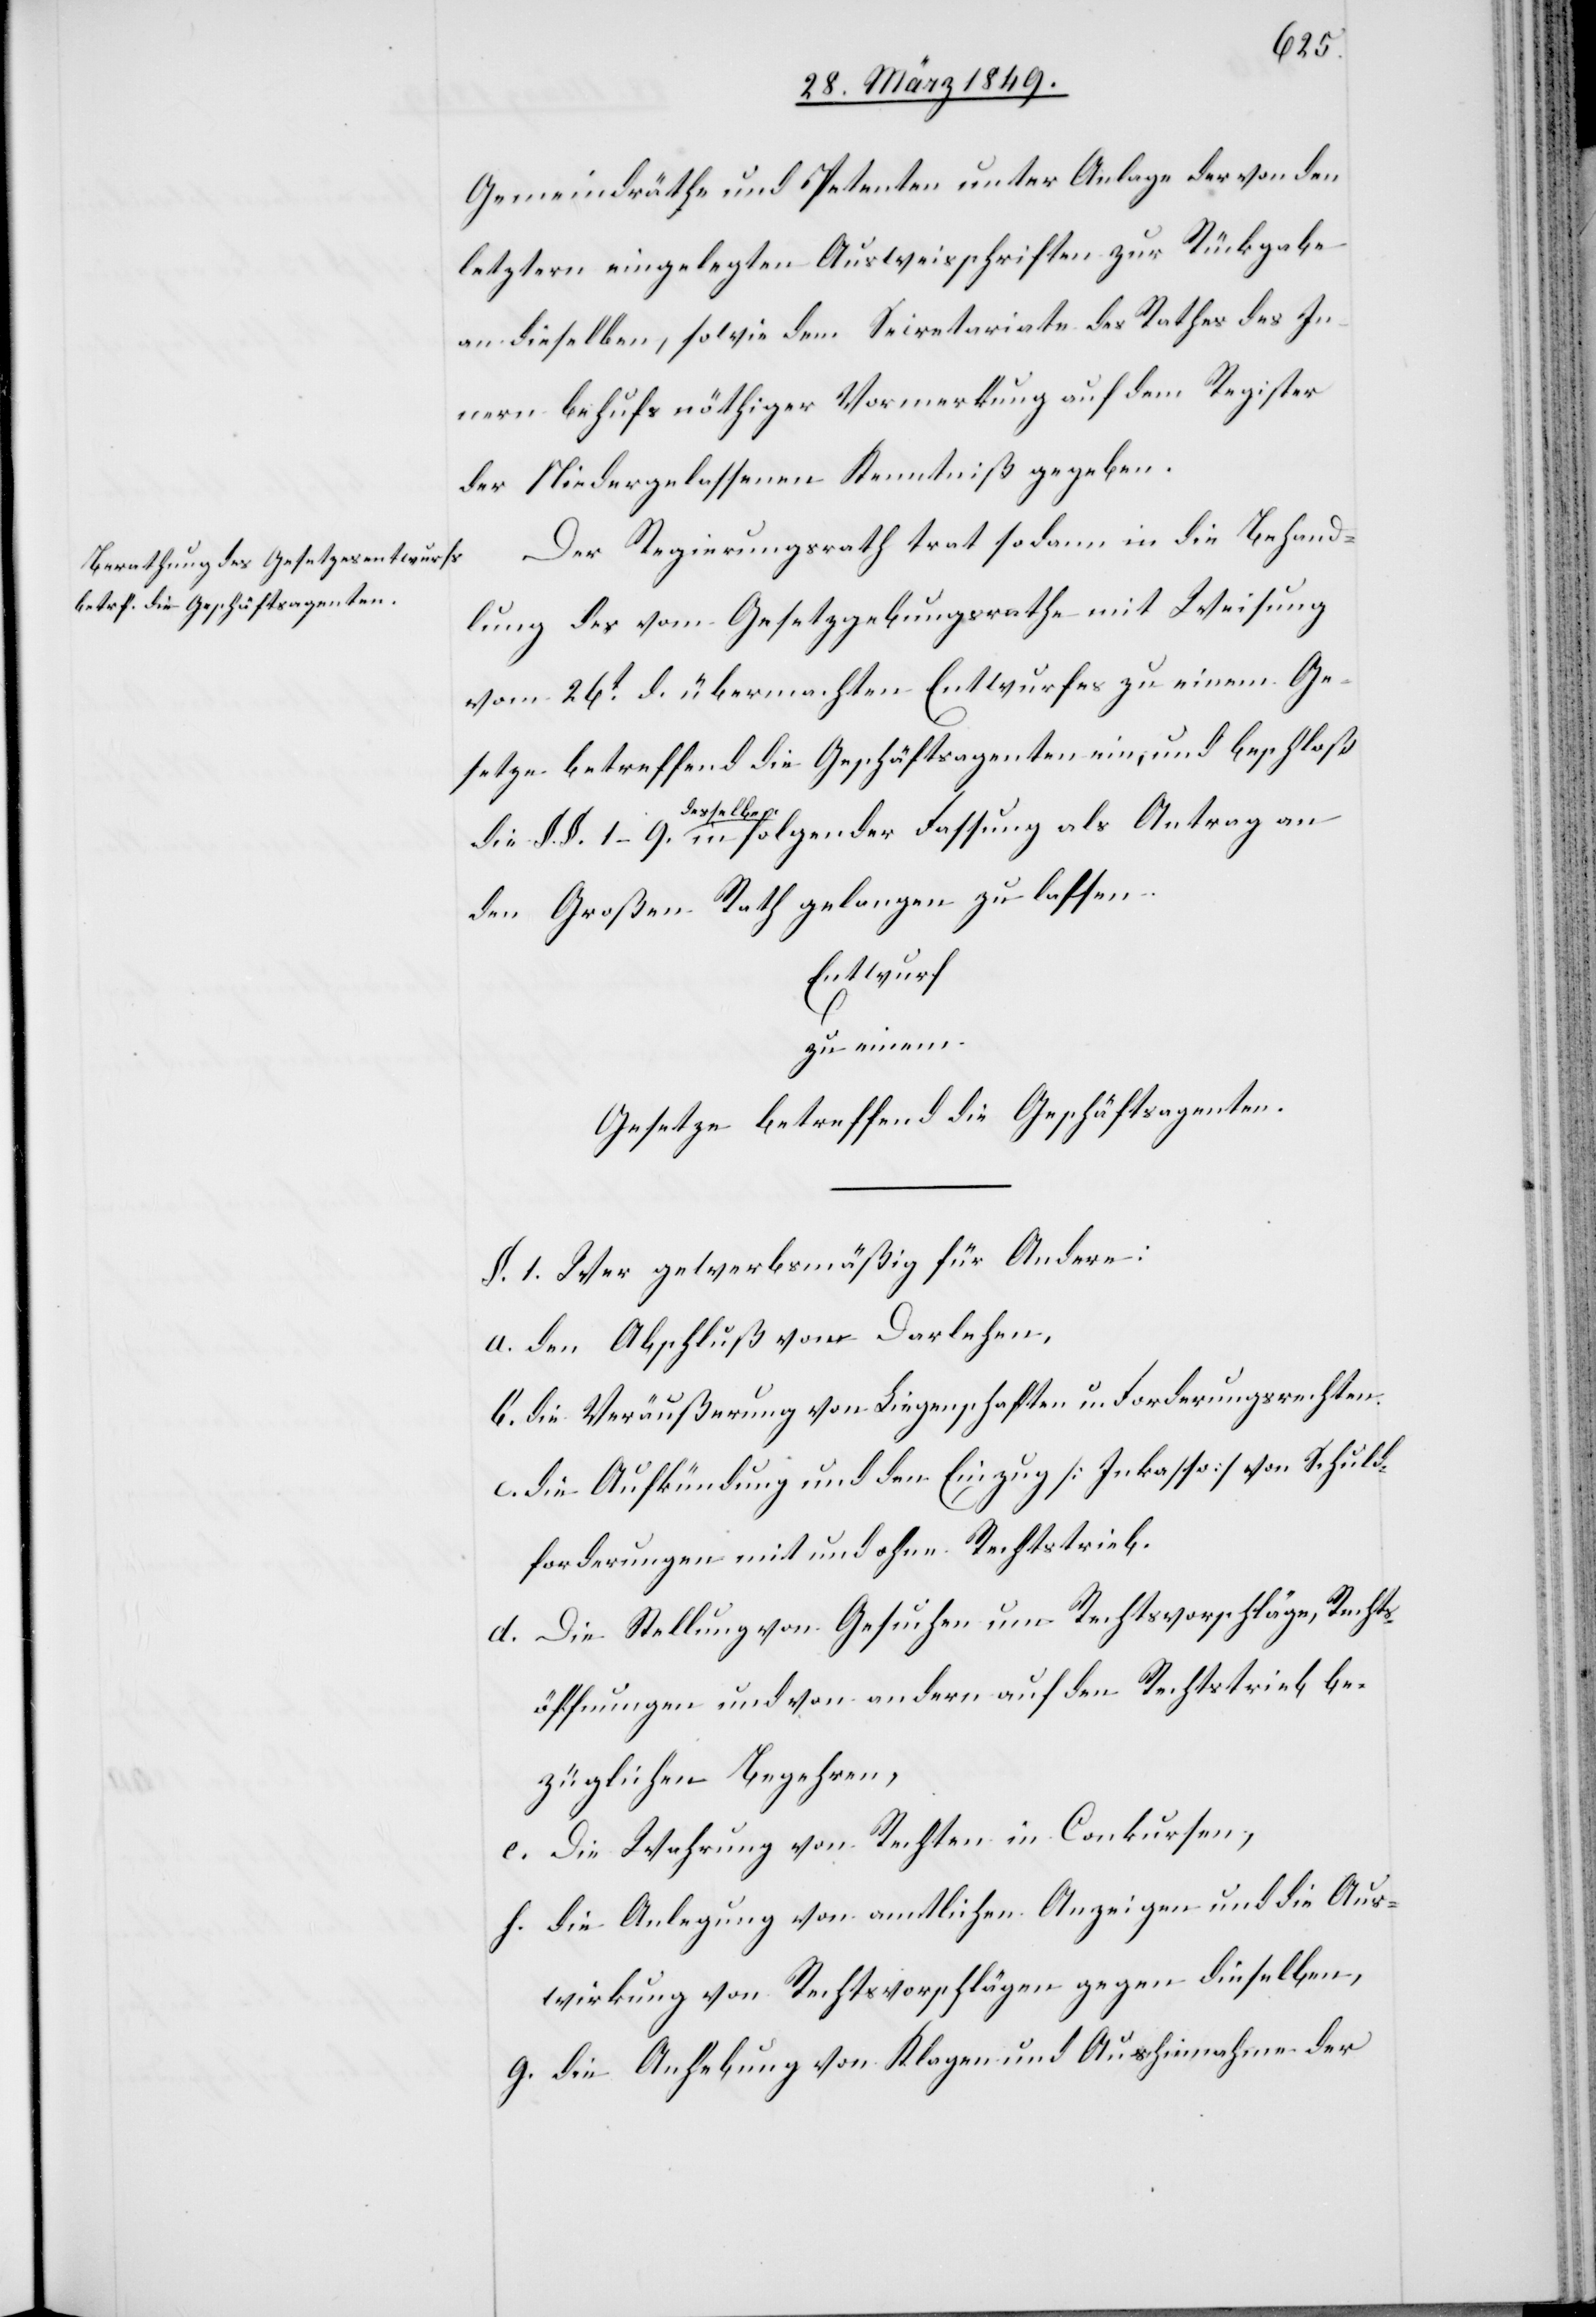
Gemeindräthe und Petenten [Handen] unter Anlage der von den
letztern eingelegten Ausweisschriften zur Rückgabe
an dieselben, sowie dem Secretariate des Rathes des In¬
nern behufs nöthiger Vormerkung auf dem Register
der Niedergelassenen Kenntniß gegeben.